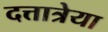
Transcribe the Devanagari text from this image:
दत्तात्रेया